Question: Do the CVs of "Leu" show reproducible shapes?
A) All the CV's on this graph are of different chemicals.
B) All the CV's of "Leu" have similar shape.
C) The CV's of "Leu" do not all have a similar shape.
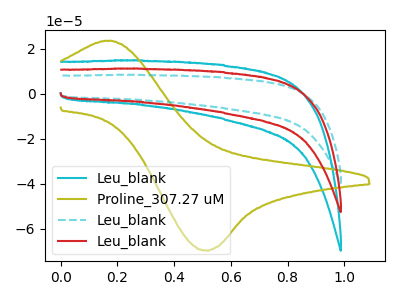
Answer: <think>The cyan curve "Leu_blank" has no peaks. The olive curve "Proline_307.27 uM" has an anodic peak at (0.20V, 23.55uA) and a cathodic peak at (0.50V, -69.50uA). The cyan dashed curve "Leu_blank" has no peaks. The red curve "Leu_blank" has no peaks.
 "Leu_blank" and "Proline_307.27 uM" have a different number of peaks. Neither "Leu_blank" or "Leu_blank" have any peaks. Neither "Leu_blank" or "Leu_blank" have any peaks. "Proline_307.27 uM" and "Leu_blank" have a different number of peaks. "Proline_307.27 uM" and "Leu_blank" have a different number of peaks. Neither "Leu_blank" or "Leu_blank" have any peaks.</think>
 <answer>B) All the CV's of "Leu" have similar shape.</answer>
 <eval>B</eval>